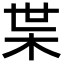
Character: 枼